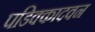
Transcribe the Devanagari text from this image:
पडिक्कादवन